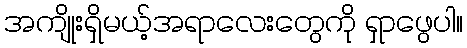
အကျိုးရှိမယ့်အရာလေးတွေကို ရှာဖွေပါ။